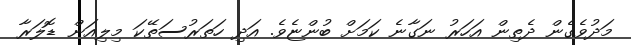
މަދުވެގެން ދެތިން އަހަރު ނަގާނެ ކަމަށް ބުންޏެވެ. އަދި ހަތަރުސަތޭކަ މިލިއަން ޑޮލަރާ